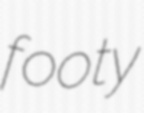
footy